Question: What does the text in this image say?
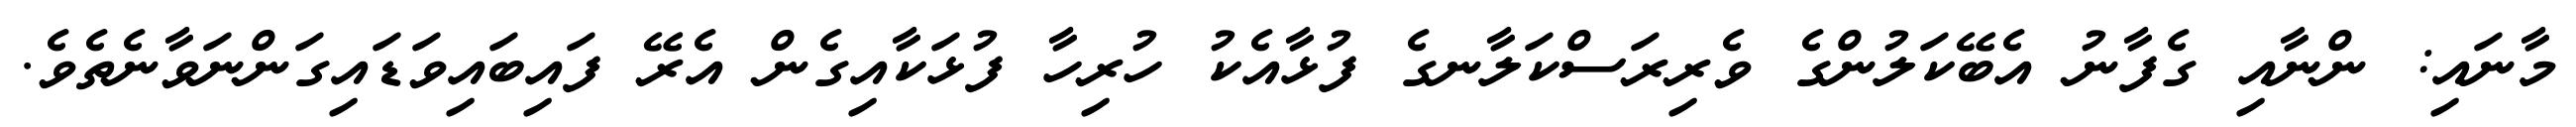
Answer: މާނައި: ންނާއި ގެފާނު އެބޭކަލުންގެ ވެރިރަސްކަލާނގެ ފުޅާއެކު ހުރިހާ ފުޅަކާއިގެން އެރޭ ފައިބައިވަޑައިގަންނަވާނެތެވެ.